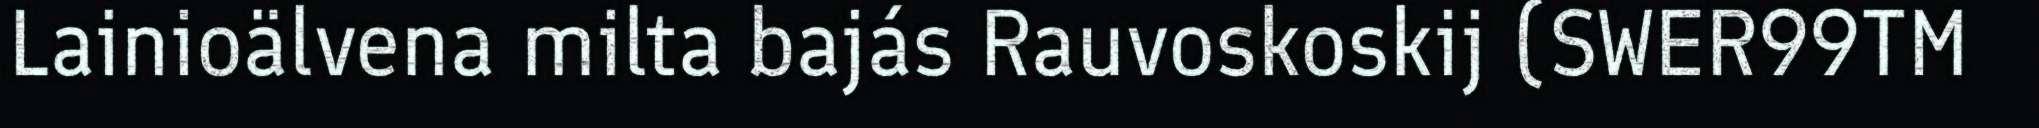
Lainioälvena milta bajás Rauvoskoskij (SWER99TM